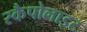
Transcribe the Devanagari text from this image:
स्कैपोलाइट